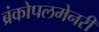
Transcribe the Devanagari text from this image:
ब्रंकोपलमेनरी